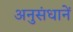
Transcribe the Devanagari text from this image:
अनुसंधानें